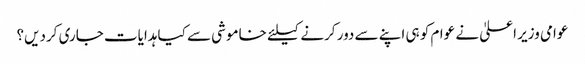
عوامی وزیر اعلیٰ نے عوام کو ہی اپنے سے دور کرنے کیلئے خاموشی سے کیا ہدایات جاری کردیں؟